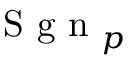
\mathrm { ~ \normalfont ~ S ~ g ~ n ~ } _ { p }